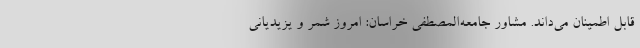
قابل اطمینان می‌داند. مشاور جامعه‌المصطفی خراسان: امروز شمر و یزیدیانی